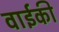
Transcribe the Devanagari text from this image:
वाईकी